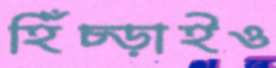
হিঁচ্‌ড়াইও